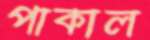
পাকাল